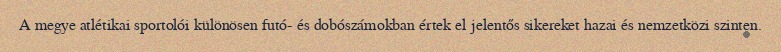
A megye atlétikai sportolói különösen futó- és dobószámokban értek el jelentős sikereket hazai és nemzetközi szinten.